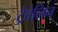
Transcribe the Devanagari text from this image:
ट्रेवेलिन